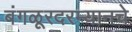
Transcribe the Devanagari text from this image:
बंगळूरदरम्यानचे